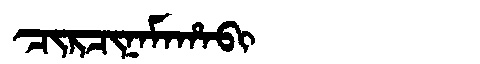
Manchu: ᠴᡳᡵᠴᡳᠨᠠᠮᠠᡥᠠᠪᡳ
Romanization: CIRCINAMAHABI